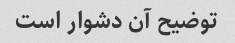
توضیح آن دشوار است